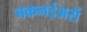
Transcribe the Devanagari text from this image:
बकनईअर्स